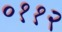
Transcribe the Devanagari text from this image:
०११२